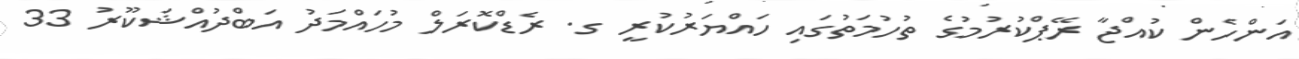
އަންހެން ކުއްޖާ ރޭޕްކުރުމުގެ ތުހުމަތުގައި ހައްޔަރުކުރީ ގ. ރެޑްކޮރަލް މުހައްމަދު އަބްދުއްޝަކޫރު 33